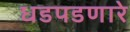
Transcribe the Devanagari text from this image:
धडपडणारे